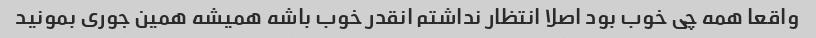
واقعا همه چی خوب بود اصلا انتظار نداشتم انقدر خوب باشه همیشه همین جوری بمونید